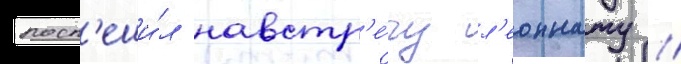
посп'еши́л навстр'е́чу л'еоннату //